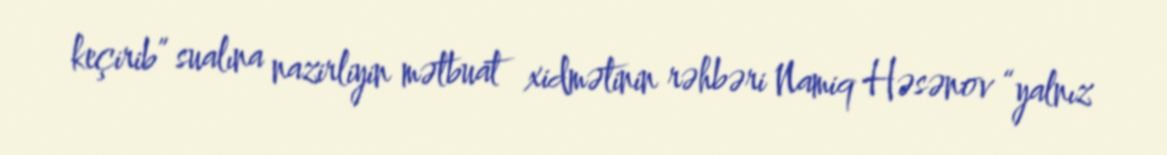
keçirib” sualına nazirliyin mətbuat xidmətinin rəhbəri Namiq Həsənov “yalnız